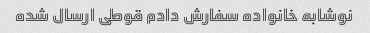
نوشابه خانواده سفارش دادم قوطی ارسال شده